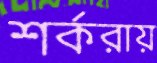
শর্করায়